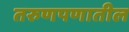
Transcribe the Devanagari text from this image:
तरुणपणातील